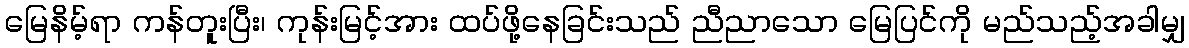
မြေနိမ့်ရာ ကန်တူးပြီး၊ ကုန်းမြင့်အား ထပ်ဖို့နေခြင်းသည် ညီညာသော မြေပြင်ကို မည်သည့်အခါမျှ